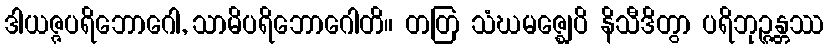
ဒါယဇ္ဇပရိဘောဂေါ, သာမိပရိဘောဂေါတိ။ တတြ သံဃမဇ္ဈေပိ နိသီဒိတွာ ပရိဘုဉ္ဇန္တဿ